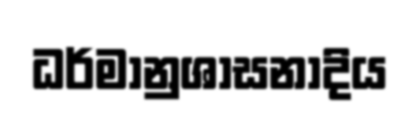
ධර්මානුශාසනාදිය